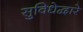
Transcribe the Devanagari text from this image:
सुविधेद्वारे